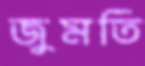
জুমতি